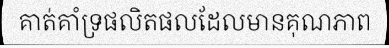
គាត់គាំទ្រផលិតផលដែលមានគុណភាព